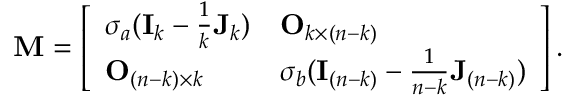
\begin{array} { r } { \mathbf { M } = \left[ \begin{array} { l l } { \sigma _ { a } ( \mathbf I _ { k } - \frac 1 k \mathbf J _ { k } ) } & { \mathbf O _ { k \times ( n - k ) } } \\ { \mathbf O _ { ( n - k ) \times k } } & { \sigma _ { b } ( \mathbf I _ { ( n - k ) } - \frac { 1 } { n - k } \mathbf J _ { ( n - k ) } ) } \end{array} \right] . } \end{array}